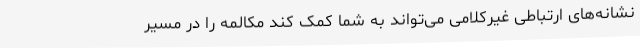
نشانه‌های ارتباطی غیرکلامی می‌تواند به شما کمک کند مکالمه را در مسیر